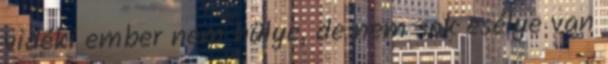
vidéki ember nem hülye, de nem sok esélye van